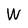
Character: W